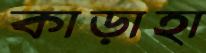
কাড়াহা